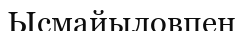
Ысмайыловпен